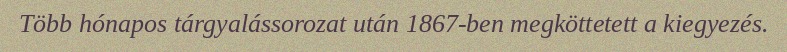
Több hónapos tárgyalássorozat után 1867-ben megköttetett a kiegyezés.